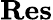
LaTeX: \mathbf{Res}